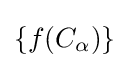
\left\{f(C_{\alpha })\right\}